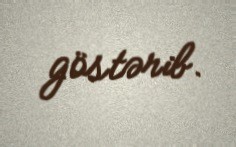
göstərib.